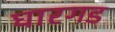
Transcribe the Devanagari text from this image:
घारगड